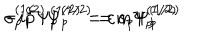
LaTeX: - i \widehat { p } \Psi _ { p } ^ { ( 1 / 2 ) } = \varepsilon m \Psi _ { p } ^ { ( 1 / 2 ) } \hspace { 0 . 5 i n } \sigma _ { p } ^ { ( 1 / 2 ) } \Psi _ { p } ^ { ( 1 / 2 ) } = s _ { p } \Psi _ { p } ^ { ( 1 / 2 ) }